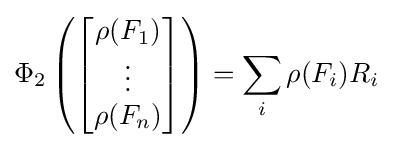
\Phi _{2}\left({\begin{bmatrix}\rho (F_{1})\\\vdots \\\rho (F_{n})\end{bmatrix}}\right)=\sum _{i}\rho (F_{i})R_{i}